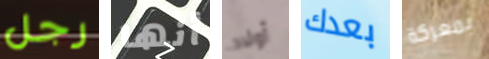
رجل أنها أولاد بعدك بمعركة